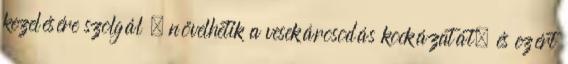
kezelésére szolgál , növelhetik a vesekárosodás kockázatát, és ezért